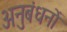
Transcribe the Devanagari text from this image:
अनुबंधनों